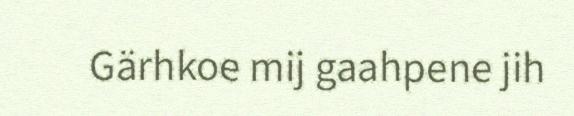
Gärhkoe mij gaahpene jih